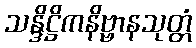
သန္ဒိဋ္ဌိကနိဗ္ဗာနသုတ္တံ